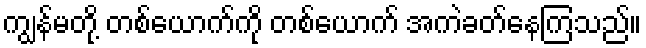
ကျွန်မတို့ တစ်ယောက်ကို တစ်ယောက် အကဲခတ်နေကြသည်။